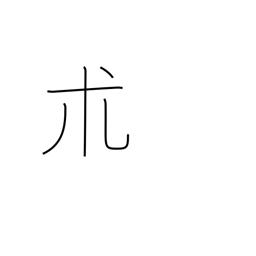
Meaning: a type of herb